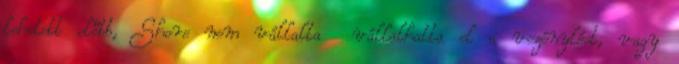
lehetett előbb, Shore nem vállalta vállalhatta el a vezénylést, vagy